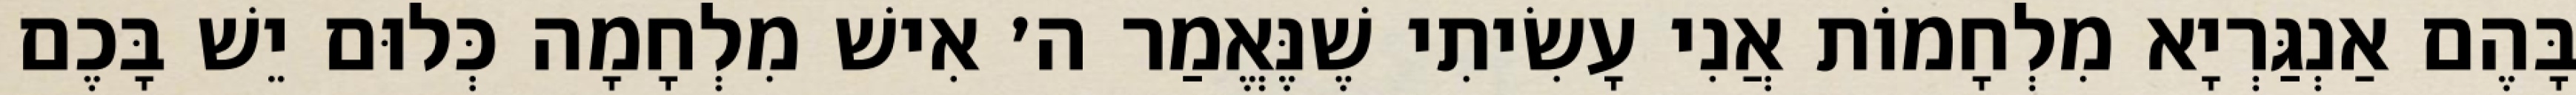
בָּהֶם אַנְגַּרְיָא מִלְחָמוֹת אֲנִי עָשִׂיתִי שֶׁנֶּאֱמַר ה׳ אִישׁ מִלְחָמָה כְּלוּם יֵשׁ בָּכֶם